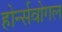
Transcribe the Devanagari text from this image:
होर्न्सवोगल